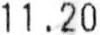
11.20